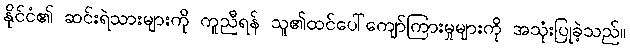
နိုင်ငံ၏ ဆင်းရဲသားများကို ကူညီရန် သူ၏ထင်ပေါ်ကျော်ကြားမှုများကို အသုံးပြုခဲ့သည်။